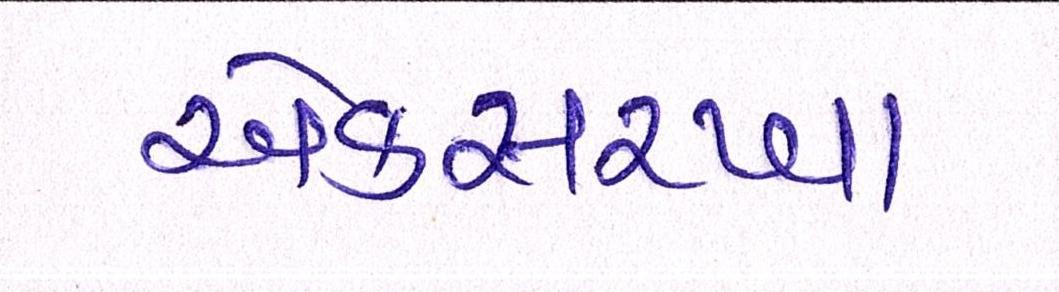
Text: એકસરખા